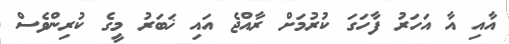
އާއި އާ އަހަރު ފާހަގަ ކުރުމަށް ރާއްޖެ އައި ޚަބަރު މީގެ ކުރިންވެސް